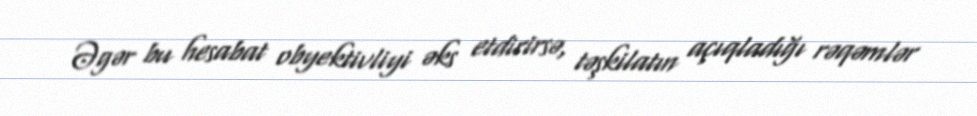
Əgər bu hesabat obyektivliyi əks etdirirsə, təşkilatın açıqladığı rəqəmlər